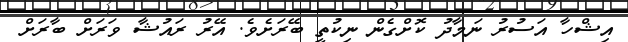
އިޝްހާ އަސުރު ނަމާދު ކޮށްގެން ނިކުތީ ބޭރަށެވެ. އޭރު ރައުޝާ ވަރަށް ބާރަށް